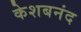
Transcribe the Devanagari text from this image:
केशबनंद